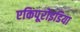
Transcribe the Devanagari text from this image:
एकिपूरोइडिया